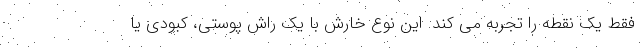
فقط یک نقطه را تجربه می کند. این نوع خارش با یک راش پوستی، کبودی یا